Calcutta medical institutions reports 1871-78
Year: 1871
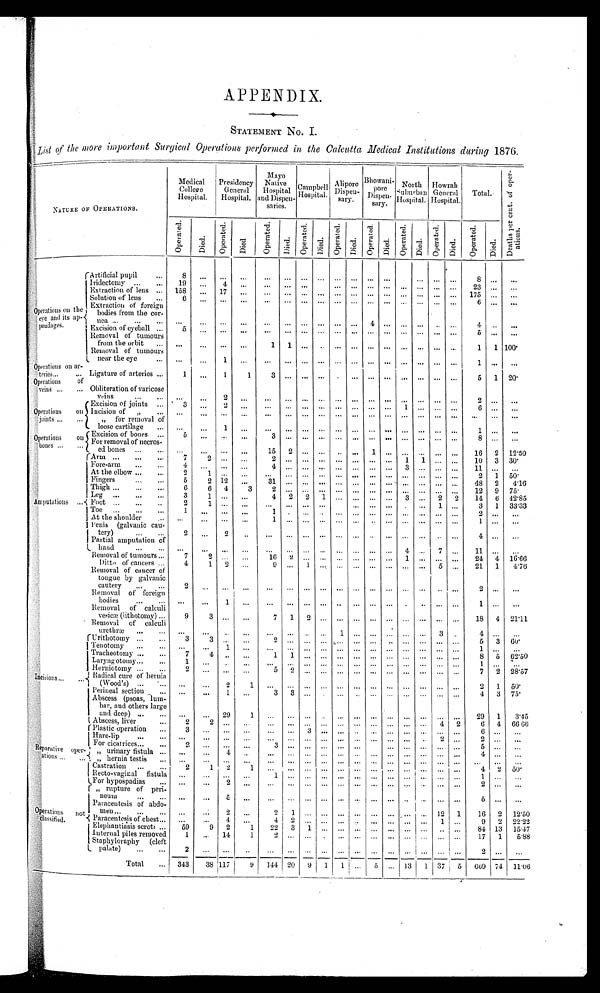
APPENDIX.
STATEMENT NO. I.
List of the more important Surgical Operations performed in the Calcutta Medical Institutions during 1876.
NATURE OF OPERATIONS.
Medical
College
Hospital.
Presidency
General
Hospital.
Mayo
Native
Hospital
and Dispen-
saries.
Campbell
H o s p i t a l .
Alipore
D i s p e n -
sary.
Bhowani-
p o r e
D i s p e n -
sary.
N o r t h S u b u r b a n
H o s p i t a l .
H o w r a hG
e n e r a l
Hospital.
Total.
D e a t h s p e r c e n t . o f o p e r -
a t i o n s .
Oper at ed.
Died.
O p e r a t e d .
D i e d .
O p e r a t e d .
Died.
O p e r a t e d .
D i e d .
O p e r a t e d . Died.
O p e r a t e d .
D i e d .
O p e r a t e d .
D i e d .
Operated.
D i e d .
O p e r a t e d .
D i e d .
Operations on the
eye and its
a p -
pendages.
Artificial pupil
...
8
...
...
...
. . .
. . . ...
. . .
. . .
. . .
. . .
. . .
. . .
...
...
...
8 ...
...
Iridectomy ...
...
19
...
4
. . . ...
...
...
. . . ...
...
... ...
...
...
...
2 3 ...
...
E x t r a c t i o n o f l e n s
. . .
Extraction of lens
158
...
17
...
. . .
. . .
. . .
. . .
. . .
. . .
. . .
. . .
. . .
. . . ... ...
175 ...
...
Solution of lens
6
. . . ...
...
...
...
...
...
...
...
...
... ...
...
. . . ...
6 ...
...
Extraction of foreign
bodies from the cor-
nea ..
...
. . .
. . .
...
...
...
...
... ... ...
4
. . .
. . .
. . .
. . .
...
4
...
...
Excision of eyeball ...
5
...
...
...
...
... ... ....
...
...
...
. . . ... ...
5 ...
...
Removal of tumours
from the orbit
...
...
...
...
...
1
1
. . .
. . .
. . .
. . .
. . .
. . .
. . .
. . .
. . .
...
1
1 100.
Removal of tumours
near the eye
...
...
...
1
...
...
...
...
...
...
...
...
...
...
...
...
...
1 ...
...
Operations on ar-
teries...
... Ligature of arteries ...
1
...
1
1
3
. . .
. . .
...
. . .
... ... ...
... ... ...
...
5
1
20.
Operations of
veins ...
... Obliteration of varicose
veins
...
...
...
...
2
...
...
.... ...
. . .
...
...
. . . ...
...
... ... ...
2 ...
...
Operations on
joints ...
...
Excision of joints ... ' 3
...
2
. . .
...
. . . ...
...
...
...
... ...
1
...
... ...
6 ...
...
Incision of
"
...
...
...
...
...
...
...
... ...
...
...
... ... ...
... ... ...
...
...
...
"
for removal of
loose cartilage
...
...
...
1
. . .
. . .
. . . .
. . .
. . .
. . . ...
...
...
...
...
...
...
1
...
...
Operations on bones . . .
. .
'
Excision of bones ...
5 ...
. . . ...
3
. . .
. . .
. . .
. . .
. . .
. . .
. . .
. . .
. . .
. . . ...
8 ...
...
For removal of necros-
ed bones ...
...
...
...
...
. . .
1 5
2
. . .
. . .
. . .
. . .
1
. . .
. . .
. . .
. . .
...
16
2
12.50
I
Amputations ....{
I
rAtut ...
...
...
7
2
2
1
1
10
3 30'
Fore-arm
...
...
4
.„
...
...
... ...
At the elbow... .....
2
...
. .
...
...
080
...
...
...
.. .
...
..
2
1
50'
Fingers
...
...
5
2 12
,..
3
...
. . . ... ...
...
...
48
2
4'16
Thigh ...
...
6
6
4
3
12
9
75'
92'85
Leg
3
4
2
2
1 ...
...
...
...
3 ...
2
2
14
6
Foot ...
...
..
2
...
..
...
...
...
...
.
...
1
3
1
33'33
Toe
...
...
,..
1
.........
1
1 At the shoulder
..
...
...
...
..
...
...
...
...
...
1
I Veins (galvanic cau-
1
tery)
...
...
2
2
..
...
...
...
...
...
...
...
...
...
...
4
- .
Partial amputation of
L. hand
...
...
. . .
...
...
. . .
. . .
. . .
. . . -
. . . -
. . .
.
Removal of tumours ...
7
2
...
16
2
...
...
1
........
24
4
16'66
Ditto of cancers ...
4
1
2
...
9 ...
1
...
...
...
...
...
21
1
4'76
Removal of cancer of
tongue by galvanic
cautery
...
...
2
...
...
...
...
...
... ...
... ...
...
.. ...
Removal of foreign
bodies
...
...
...
...
...
...
...
...
..
... ...
. . .
.
-
-
. . .
Removal of calculi
vesim (iithotomy) ...
9
3
7
1
2
...
...
...
18
4
21'11
Removal of calculi
urethra)
...
...
...
...
...
...
1
3 ..
4
.
Incisions.,.
...1
. , .
11;rithotonly ...
...
...
... . . , ...
... ...
..
...
...
...
5
3
69'
Tenotomy
,..
...
...
...
...
...
...
...
... ...
...
...
... ...
Tracheotomy ...
...
7
4
1
...
... ...
...
...
...
...
... ...
8
5
62'50
Laryngotomy...
...
...
...
....:
...
. ..
...
...
... ...
Herniotomy ...
...
2
...
...
.
...
...
...
...
...
7
2 28'57
' Radical cure of hernia
- ov o c od ,․ ) ...
....
...
...
2
1
2
1
50'
Perineal sectio
... .,.
3 ...
...
...
-
...
...
4
3
75'
Abscess (psoas, lum-
bar, and others large
and deep) ,,.
...
...
...
29
...
...
...
...
...
... ...
29
1
3'95
i Abscess, liver
...
2
...
...
...
...
...
...
...
...
... ...
4
2
0
4
66 60
.Reparative open.
ations ...
...'i
("Plastic operation
...
3
...
...
...
...
6 ...
..
I Hare-lip
...
...
...
...
...
...
...
...
...
,..
-
... -
..
2 ...
For cicatrices...
...
2
...
...
-
...
..
5
' „ urinary fistula ...
..
4
...
...
... ...
...
...
...
...
...
...
„ hernia testis...
...
...
...
. . .
...
-
...
...
...
...
...
...
...
...
...
...
I Castration
...
...
2
1
2
...
...
...
...
...
...
...
4,
2
50*
I Recto-vaginal fistula
...
...
...
...
1
...
...
...
...
.For hypospadias
...
...
2
...
...
...
...
...
...
...
...
...
04)erations
not
la.tlassitied.
I „ rupture of peri-
neum
...
...
...
...
e
...
... ...
...
...
...
..
...
...
...
5
...
...
Paracentesis of abdo-
. .
16
2
12'50
.{ Paracentesis of chest..,
...
4
.„
...
...
...
...
9
2
22'22
Elephantiasis soot:...
59
...
9
1
22
3
1
...
...
...
... ...
..
...
81 13
15.47
Internal piles removed
1
14
1
. .. ...
... ...
...
...
17
1
5.88
Staphyloraphy (cleft
L_
palate)
...
...
2
...
...
--
...
...
...
- I
...
...
...
—
c—
Total
...
343
38 117
9
144 ! 120
9 1 1
l
1 ...
5
...
13 I 1 37 i 5
669 74
11'96